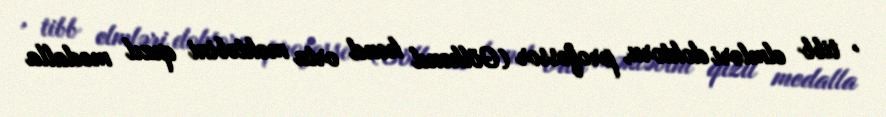
, tibb elmləri doktoru, professor (Gölkənd kənd orta məktəbini qızıl medalla